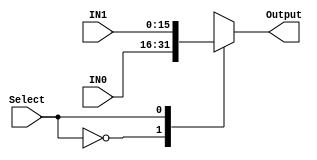
module MUX2TO1_16BIT(IN0, IN1, Select, Output); 

input [15:0] IN0, IN1; 
input Select ; 
output reg [15:0] Output;

always @ *  
	case (Select) 
		1'b0   : Output <= IN0; 
		1'b1   : Output <= IN1;
	endcase 

endmodule